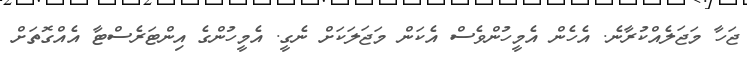
ޖަހާ މަޖަލެއްކުރާނެ. އެހެން އެމީހުންވެސް އެކަން މަޖަލަކަށް ނެގީ. އެމީހުންގެ އިންޓަރެސްޓާ އެއްގޮތަށް